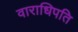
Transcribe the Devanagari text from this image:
वाराधिपति